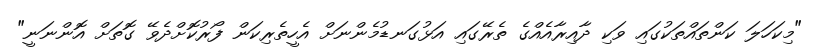
"މިކަހަލަ ކަންތައްތަކުގައި ވަކި ދާއިރާއެއްގެ ތެރޭގައި އަޅުގަނޑުމެންނަށް އެހީތެރިކަން ފޯރުކޮށްދެވޭ ގޮތަށް އޮންނަނީ"